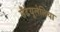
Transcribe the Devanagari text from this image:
सैंटेयूलेलिया